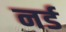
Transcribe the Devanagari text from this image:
नर्ड